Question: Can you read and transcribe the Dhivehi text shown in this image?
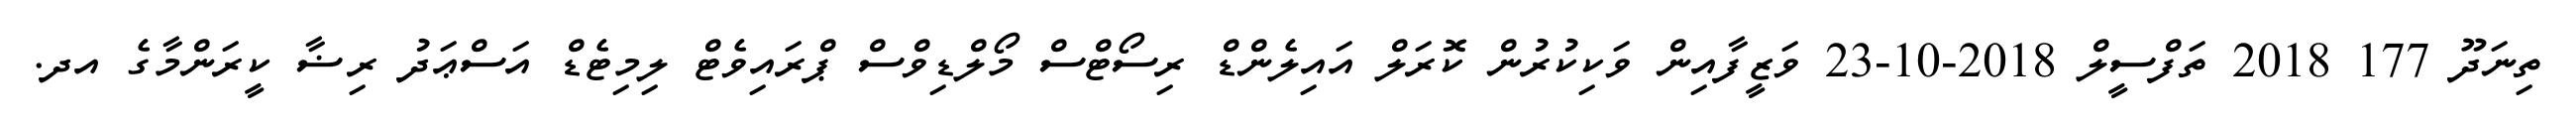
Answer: ތިނަދޫ 177 2018 ތަފްސީލް 2018-10-23 ވަޒީފާއިން ވަކިކުރުން ކޮރަލް އައިލެންޑް ރިސޯޓްސް މޯލްޑިވްސް ޕްރައިވެޓް ލިމިޓެޑް އަސްޢަދު ރިޟާ ކީރަންމާގެ އދ.